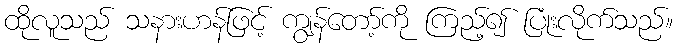
ထိုလူသည် သနားဟန်ဖြင့် ကျွန်တော့်ကို ကြည့်၍ ပြုံးလိုက်သည်။